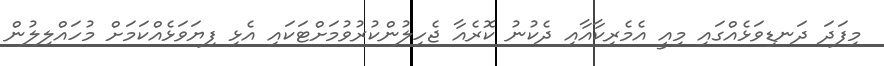
މިފަދަ ދަނޑިވަޅެއްގައި މިއީ އެމެރިކާއާއި ދެކުނު ކޮރެއާ ޖެހިލުންކުރުވުމަށްޓަކައި އެޅި ފިޔަވަޅެއްކަމަށް މުހައްލިލުން